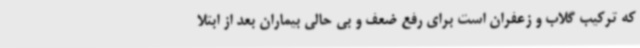
که ترکیب گلاب و زعفران است برای رفع ضعف و بی حالی بیماران بعد از ابتلا